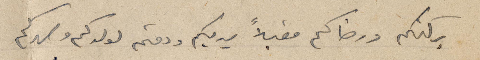
بركتكم ورضاكم مقبلاً يديكم ودمتم لولدكم وصهركم.